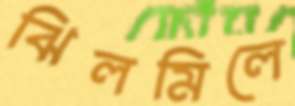
ঝিলমিলে